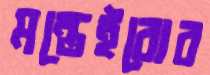
মন্তেইরোর